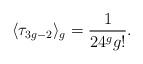
LaTeX: \begin{align*}\langle\tau_{3g-2}\rangle_g=\frac1{24^g g!}.\end{align*}